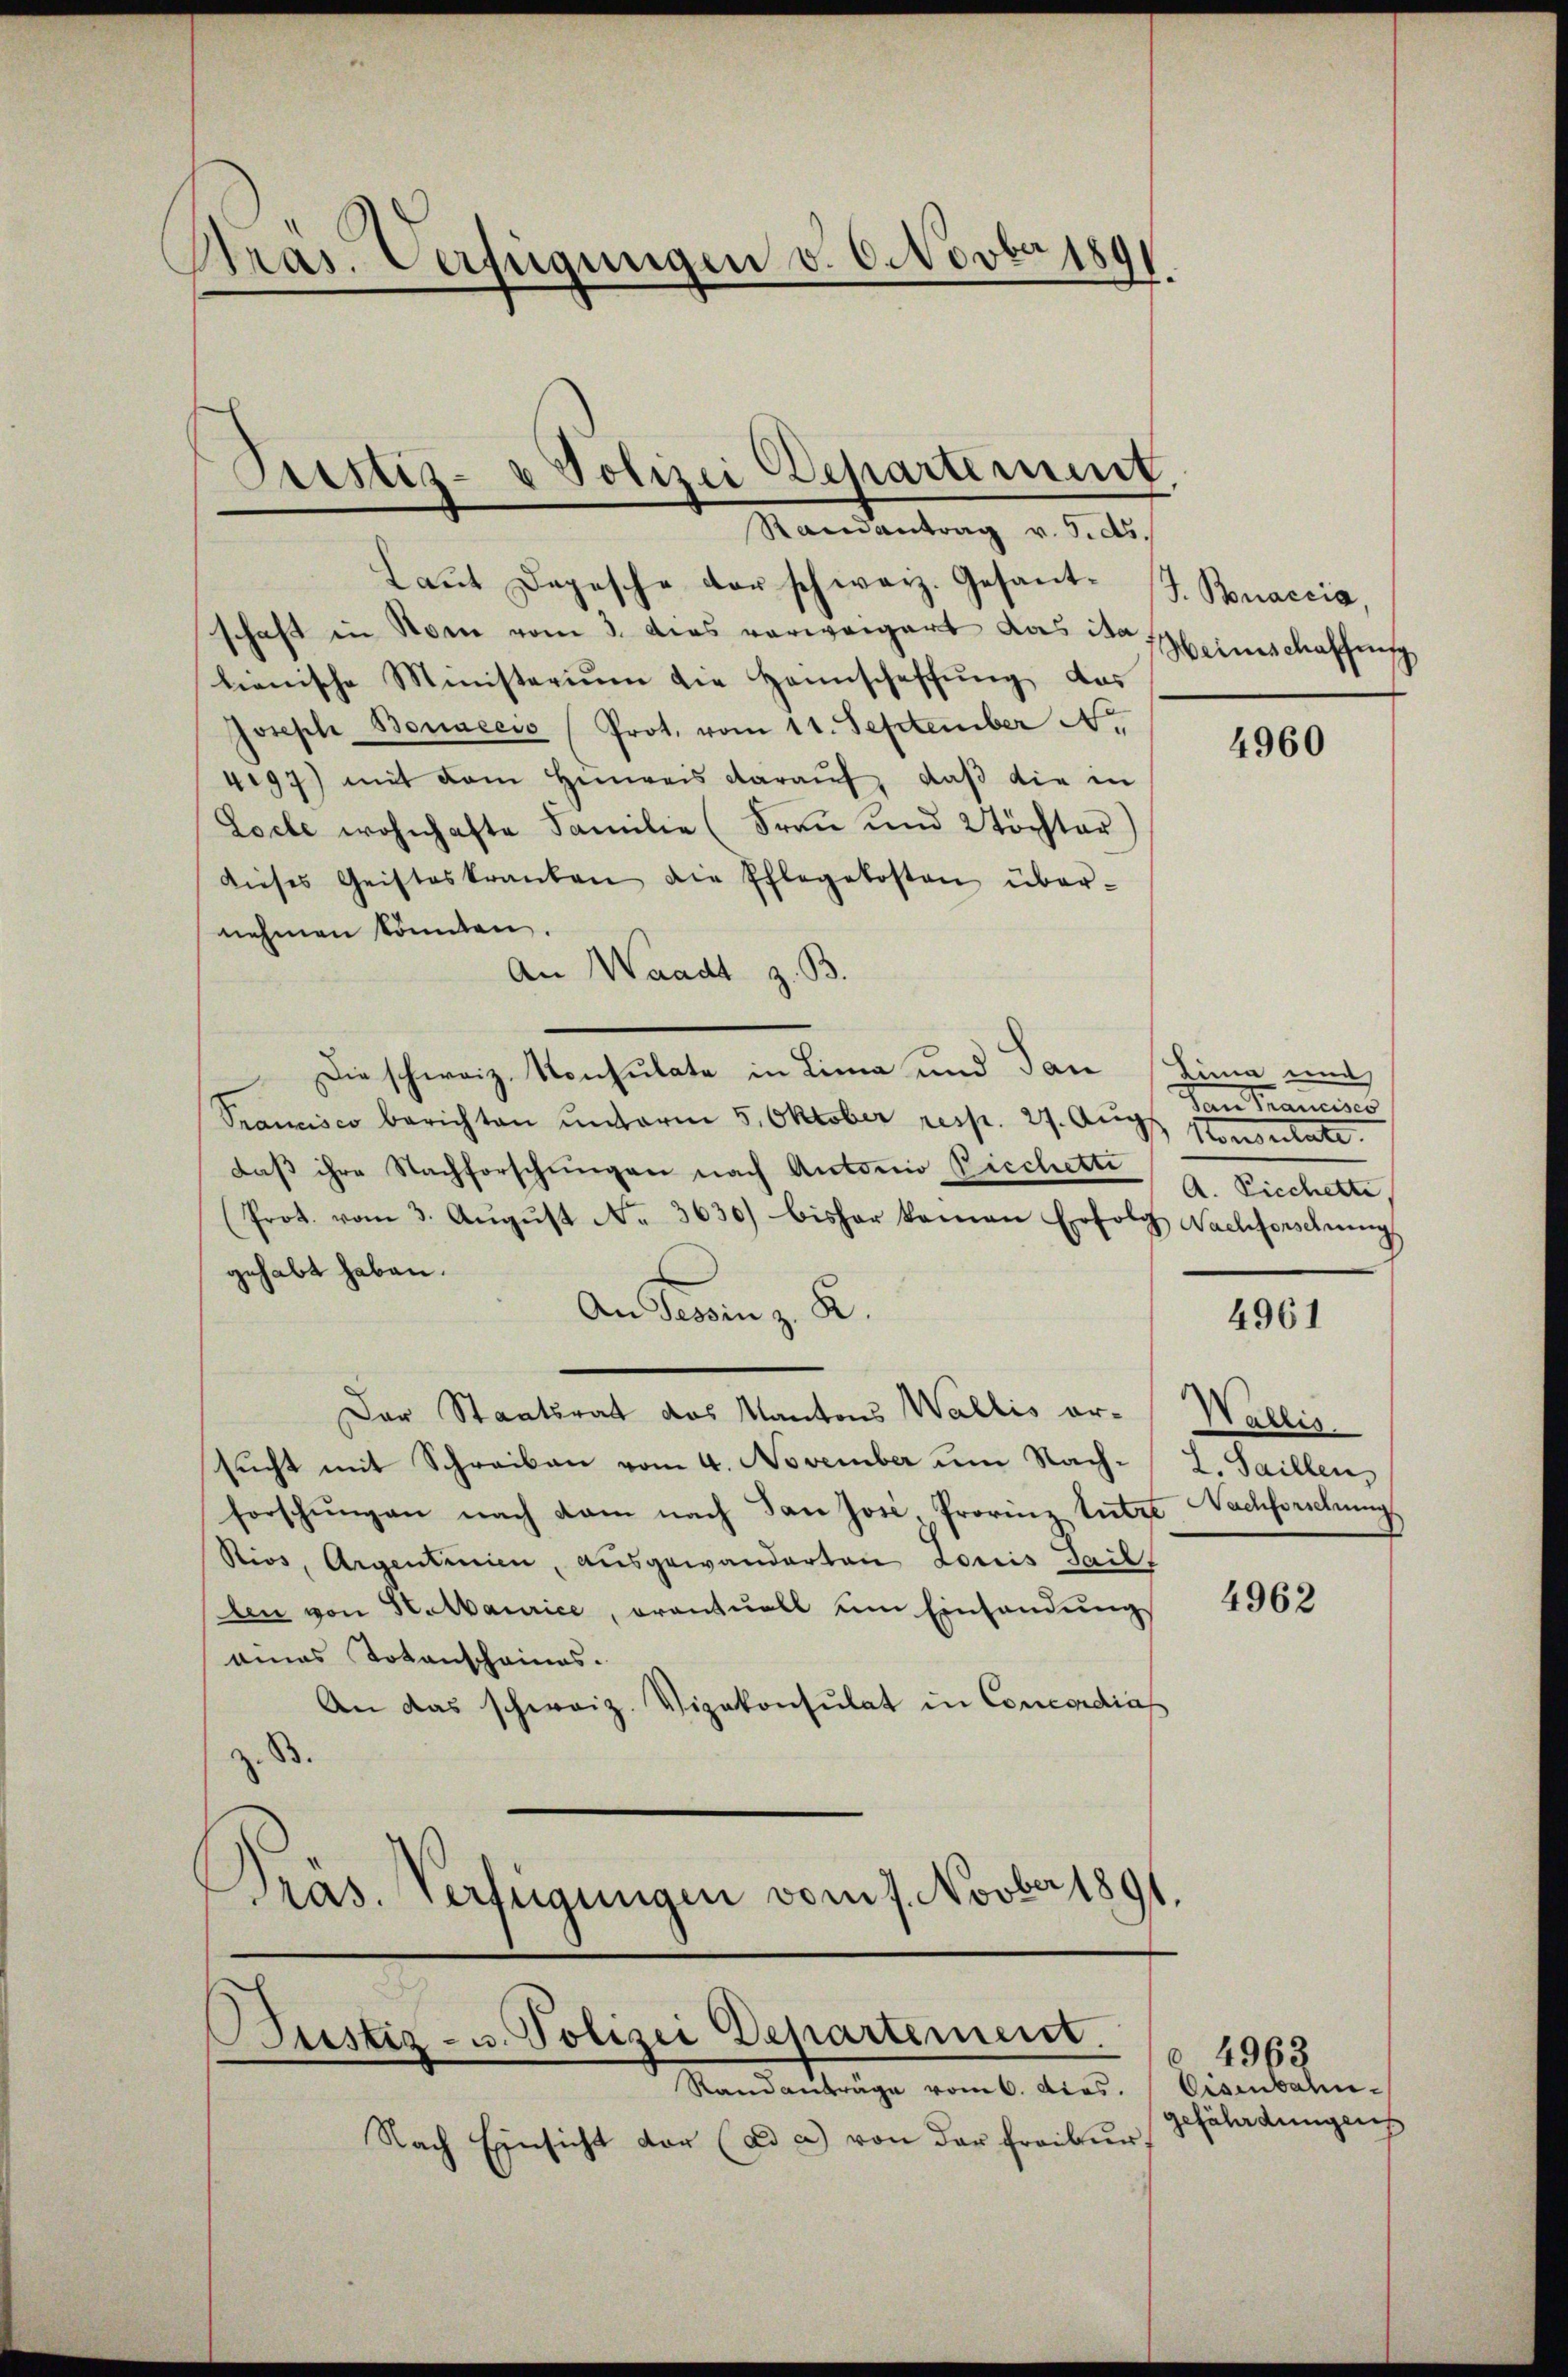
Präs. Verfügungen v. 6. Novber 1891.

Justiz- & Polizei Departement.
Randantrag v. 5. ds.

Laŭt Depesche der schweiz. Gesant J. Bonaccia
schaft in Stom vom 3. dies vorweigert das de seinschaffung
lienische Ministerium die Hannschaffŭng das
Joseph Bonnecis (Prot. vom 11. September Nr.
4197) mit dem Hinweis darauf, daß die in
Loche wohnhafte Familie (Frau und 2töchter)
dieses Geisteskranken die Pflegekosten über-
nehmen könnten.
An Waadt z. B
Die schweiz. Konsulate in Lina und San (Lina und
Trancisco berichten unterm 5. Oktober resp. 27. Augs
daß ihre Nachforschungen nach Antonio Ricchetti
(Prot. vom 3. Aŭgŭst No. 3630) bisher kamen Erfolg Nachforschrŭng
gehabt haben.
An Provinz. R
Der Staatsrat das Kantons Wallis or-
sucht mit Schreiben vom 4. November um Nach- L. Saillen,
forschŭngen nach kam nach dan Josi Prorine tutze Nachforschung
Rios, Argentinien, ausgewanderten Louis Sail,
len von Statbaurice, oventuell um Einsendung
eines Totenschaines.
An das schweiz. Vizekonsulat in Concordias
Präs. Verfügungen vom 7. Novber 1891

Büstig- u. Polizei Departement.
Randanträge vom 6. dies. Eisenbahn-

b Trancises
steen einen late
A. Picchette,

Nach Einsicht der (ad a.) von der Freibur

4960

4961

Wallis.

4962

gefährdungens

4962